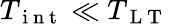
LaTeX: T_{\mathrm{~i~n~t~}}\ll T_{\mathrm{~L~T~}}